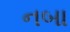
નબા